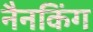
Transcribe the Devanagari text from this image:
नैनकिंग